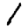
Digit: 1